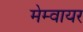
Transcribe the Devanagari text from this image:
मेम्वायर